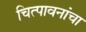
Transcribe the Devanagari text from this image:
चित्पावनांचा